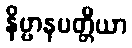
နိဗ္ဗာနပတ္တိယာ